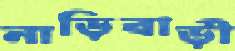
নাড়িবাড়ী